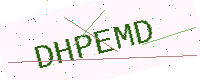
Text: DHPEMD